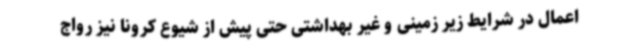
اعمال در شرایط زیر زمینی و غیر بهداشتی حتی پیش از شیوع کرونا نیز رواج